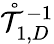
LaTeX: \mathring{\mathcal{T}}_{1,D}^{-1}